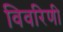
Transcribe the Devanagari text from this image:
विवरिणी